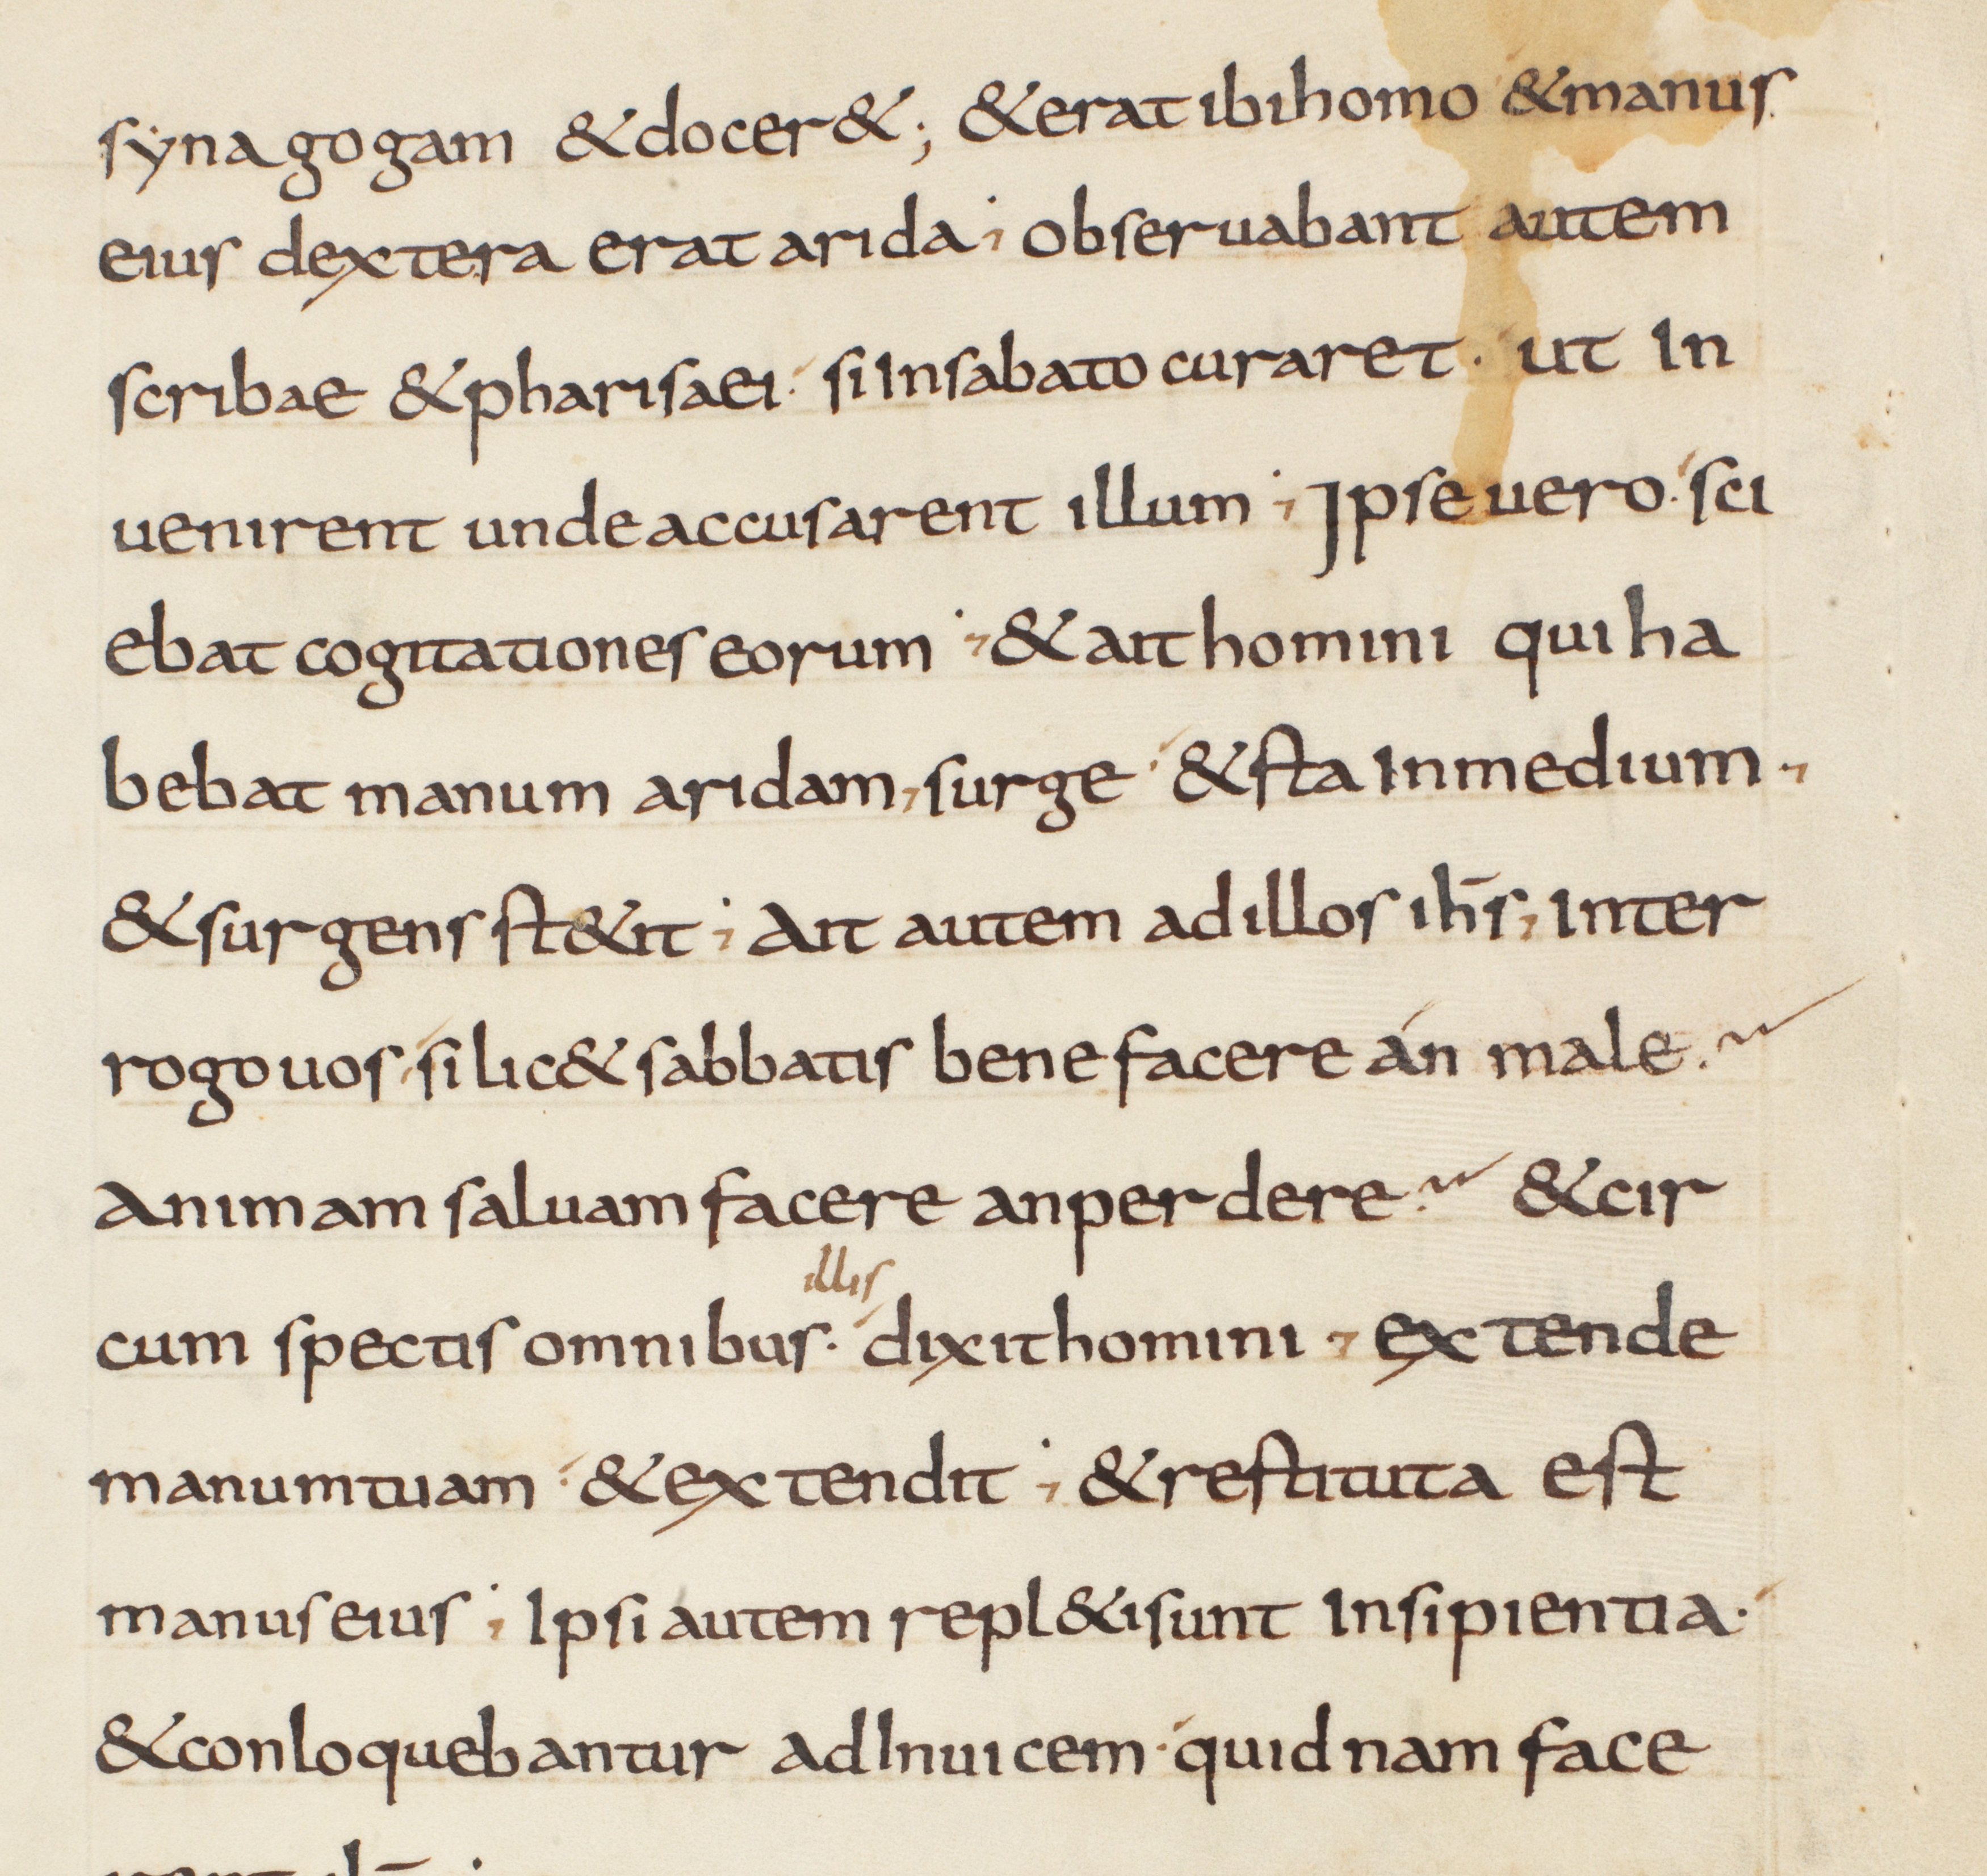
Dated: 825–849